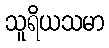
သူရိယသမာ